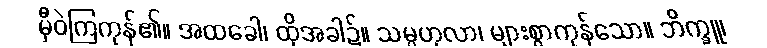
မှီဝဲကြကုန်၏။ အထခေါ၊ ထိုအခါ၌။ သမ္ပဟုလာ၊ များစွာကုန်သော။ ဘိက္ခူ၊